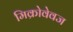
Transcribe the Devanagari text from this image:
मिक्रोवेवज